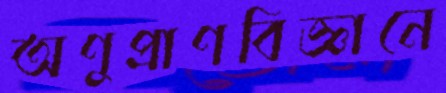
অণুপ্রাণবিজ্ঞানে